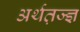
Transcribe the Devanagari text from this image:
अर्थत़ज्ज्ञ